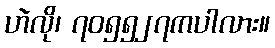
ဟဲလို၊ ၇၀၅၅၂၇ကပါလား။